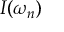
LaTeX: \displaystyle I ( \omega _ { n } )